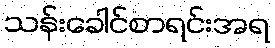
သန်းခေါင်စာရင်းအရ